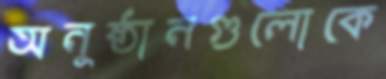
অনুষ্ঠানগুলোকে